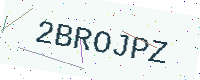
Text: 2BROJPZ